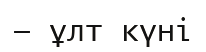
— ұлт күні